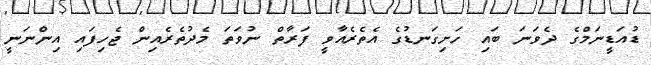
ޑުއަޑީނަމްގެ ދެވަނަ ބައި ހަށިގަނޑުގެ އެތެރެއާވީ ފަރާތް ނުވަތަ މެދުތެރެއިން ޖެހިފައި އިންނަނީ